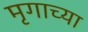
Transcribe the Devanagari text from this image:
मृगाच्या